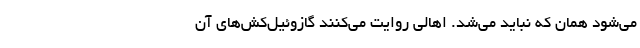
می‌شود همان که نباید می‌شد. اهالی روایت می‌کنند گازوئیل‌کش‌های آن